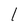
Character: l